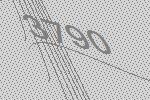
3790